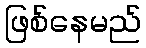
ဖြစ်နေမည်